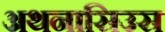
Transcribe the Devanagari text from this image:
अथनासिउस